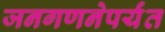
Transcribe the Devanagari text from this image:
जनगणनेपर्यंत